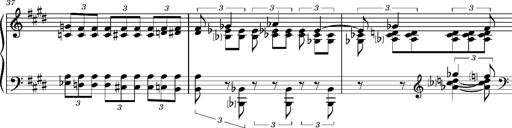
Title: PrÃ©ludes et Harmonies poÃ©tiques et religieuses
Composer: Franz Liszt